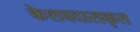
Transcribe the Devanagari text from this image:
केशवदासकृत